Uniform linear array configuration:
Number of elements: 64
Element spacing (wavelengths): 0.25
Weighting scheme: hann
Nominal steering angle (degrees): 0
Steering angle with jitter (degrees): -0.1649
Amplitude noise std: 0.05
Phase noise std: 0.05

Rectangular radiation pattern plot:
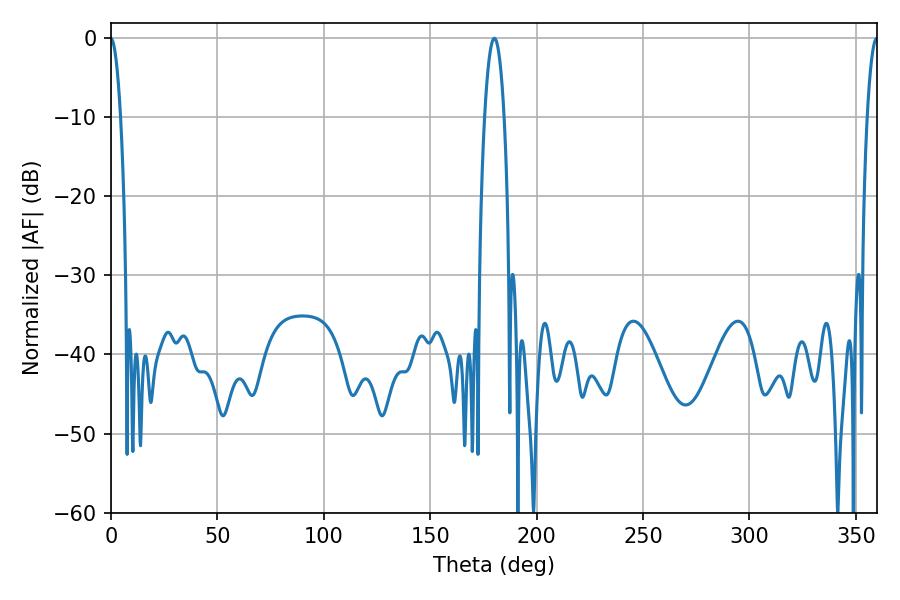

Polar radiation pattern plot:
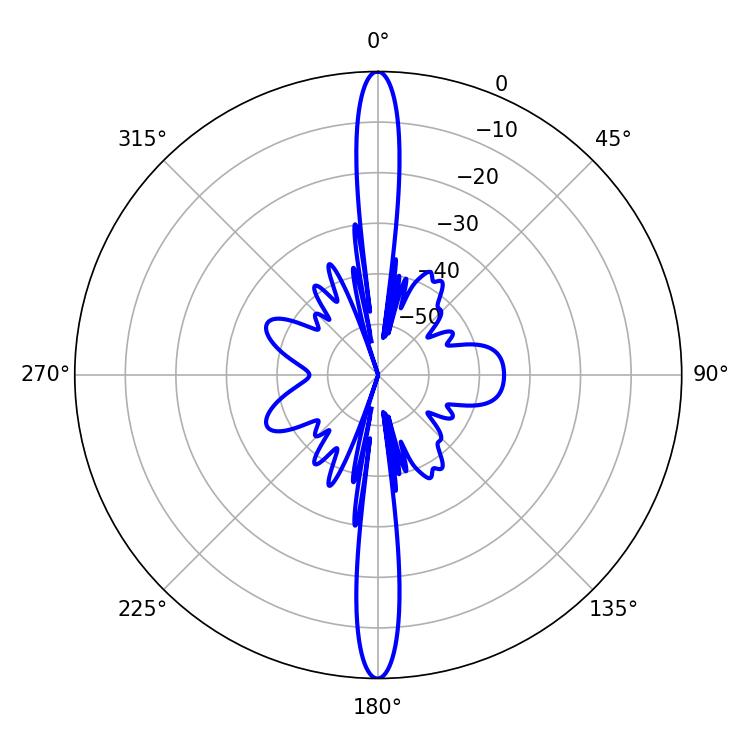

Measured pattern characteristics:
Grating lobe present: FALSE
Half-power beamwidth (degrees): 5.04
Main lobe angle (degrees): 180.18